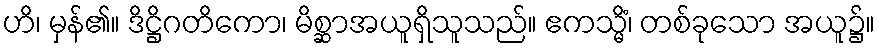
ဟိ၊ မှန်၏။ ဒိဋ္ဌိဂတိကော၊ မိစ္ဆာအယူရှိသူသည်။ ဧကသ္မိံ၊ တစ်ခုသော အယူ၌။